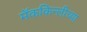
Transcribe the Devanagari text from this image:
मॅककिन्लीच्या